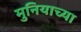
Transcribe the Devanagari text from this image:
मुनियाच्या